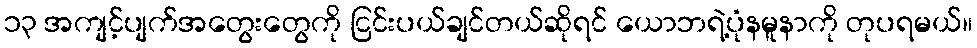
၁၃ အကျင့်ပျက်အတွေးတွေကို ငြင်းပယ်ချင်တယ်ဆိုရင် ယောဘရဲ့ပုံနမူနာကို တုပရမယ်။